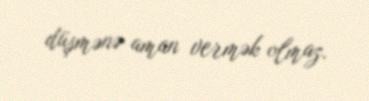
düşmənə aman vermək olmaz.